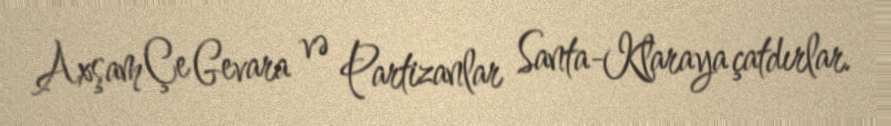
Axşam Çe Gevara və Partizanlar Santa-Klaraya çatdırlar.